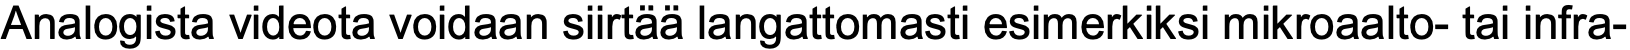
Analogista videota voidaan siirtää langattomasti esimerkiksi mikroaalto- tai infra-